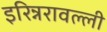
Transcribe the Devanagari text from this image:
इरिन्नरावल्ली